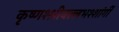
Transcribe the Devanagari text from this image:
कृष्णश्श्रीवल्लभश्शांर्गी